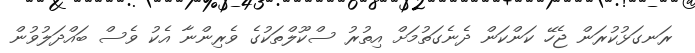
ރަނގަޅުކުރަން ޖެހޭ ކަންކަން ދެނެގަތުމަށް އިތުރު ސްކޫލްތަކުގެ ވެރިންނާ އެކު ވެސް ބައްދަލުވުން